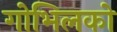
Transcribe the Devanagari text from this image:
गोभिलको